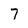
Character: 7